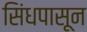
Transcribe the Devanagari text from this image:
सिंधपासून